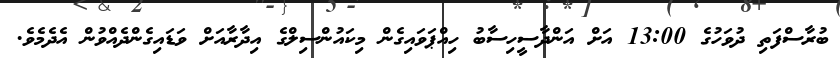
ބުރާސްފަތި ދުވަހުގެ 13:00 އަށް އަންދާސީހިސާބު ހިއްޕަވައިގެން މިކައުންސިލްގެ އިދާރާއަށް ވަޑައިގެންދެއްވުން އެދެމެވެ.